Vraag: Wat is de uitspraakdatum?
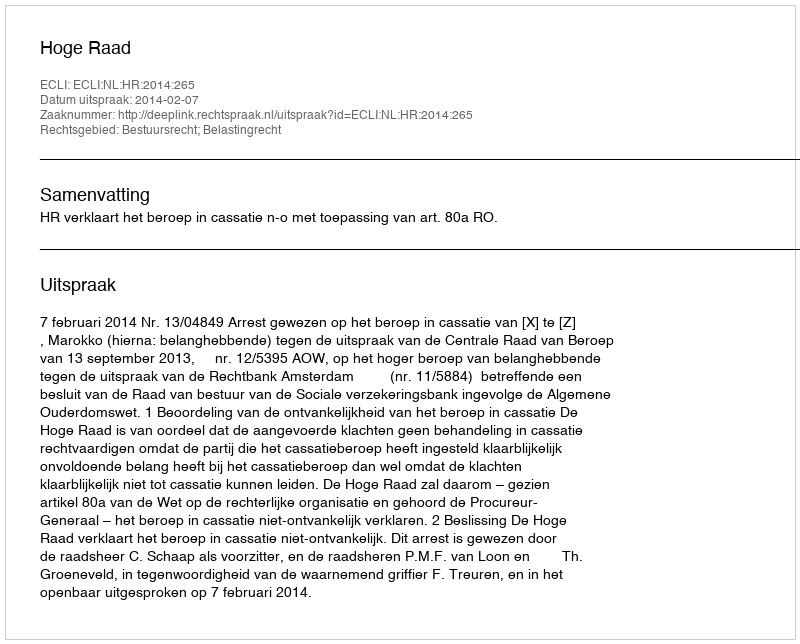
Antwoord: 2014-02-07